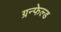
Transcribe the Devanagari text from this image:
ग्रन्फेल्ड